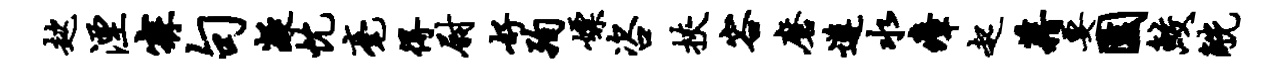
趑湮寐句凝忱毫得尉好殉嫖咨挟容磨遵水瘴起藉要园鲛觥